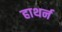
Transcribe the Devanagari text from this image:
हाथर्न